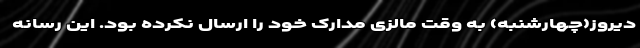
دیروز(چهارشنبه) به وقت مالزی مدارک خود را ارسال نکرده بود. این رسانه